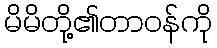
မိမိတို့၏တာဝန်ကို